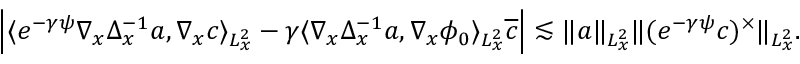
\begin{array} { r } { \left| \langle e ^ { - \gamma \psi } \nabla _ { x } \Delta _ { x } ^ { - 1 } a , \nabla _ { x } c \rangle _ { L _ { x } ^ { 2 } } - \gamma \langle \nabla _ { x } \Delta _ { x } ^ { - 1 } a , \nabla _ { x } \phi _ { 0 } \rangle _ { L _ { x } ^ { 2 } } \overline { c } \right| \lesssim \| a \| _ { L _ { x } ^ { 2 } } \| ( e ^ { - \gamma \psi } c ) ^ { \times } \| _ { L _ { x } ^ { 2 } } . } \end{array}